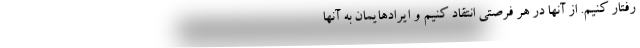
رفتار کنیم. از آنها در هر فرصتی انتقاد کنیم و ایرادهایمان به آنها